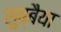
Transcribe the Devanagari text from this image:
सुब्बैया